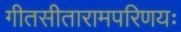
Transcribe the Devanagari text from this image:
गीतसीतारामपरिणयः